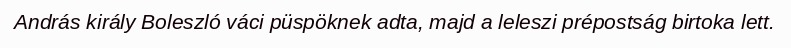
András király Boleszló váci püspöknek adta, majd a leleszi prépostság birtoka lett.